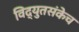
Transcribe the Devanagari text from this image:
विद्युतसंकेच